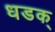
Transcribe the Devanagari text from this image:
धडक्